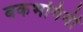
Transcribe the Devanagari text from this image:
बकभगिनी